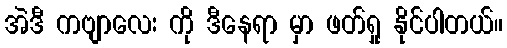
အဲဒီ ကဗျာလေး ကို ဒီနေရာ မှာ ဖတ်ရှု နိုင်ပါတယ်။